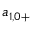
a _ { 1 , 0 + }